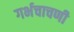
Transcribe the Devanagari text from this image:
गर्भचाचणी